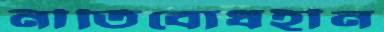
নীতিবোধহীন